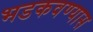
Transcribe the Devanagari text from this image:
भडकवण्यास